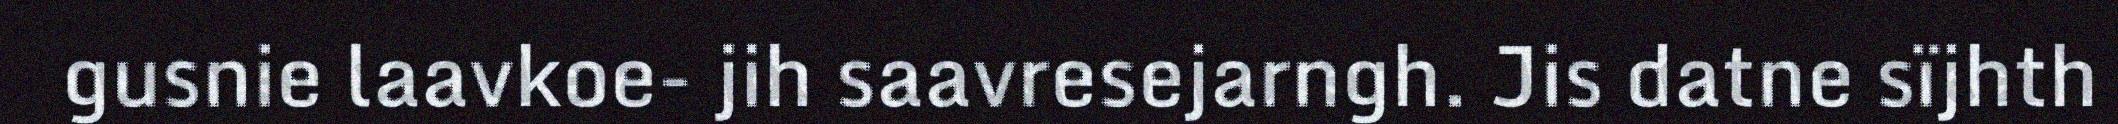
gusnie laavkoe- jih saavresejarngh. Jis datne sïjhth